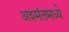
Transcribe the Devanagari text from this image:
अश्मंतमध्ये